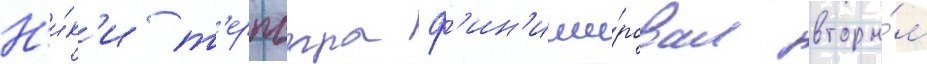
Н'и́к'и т'ерпстра ф'ин'иши́ровал вторы́м